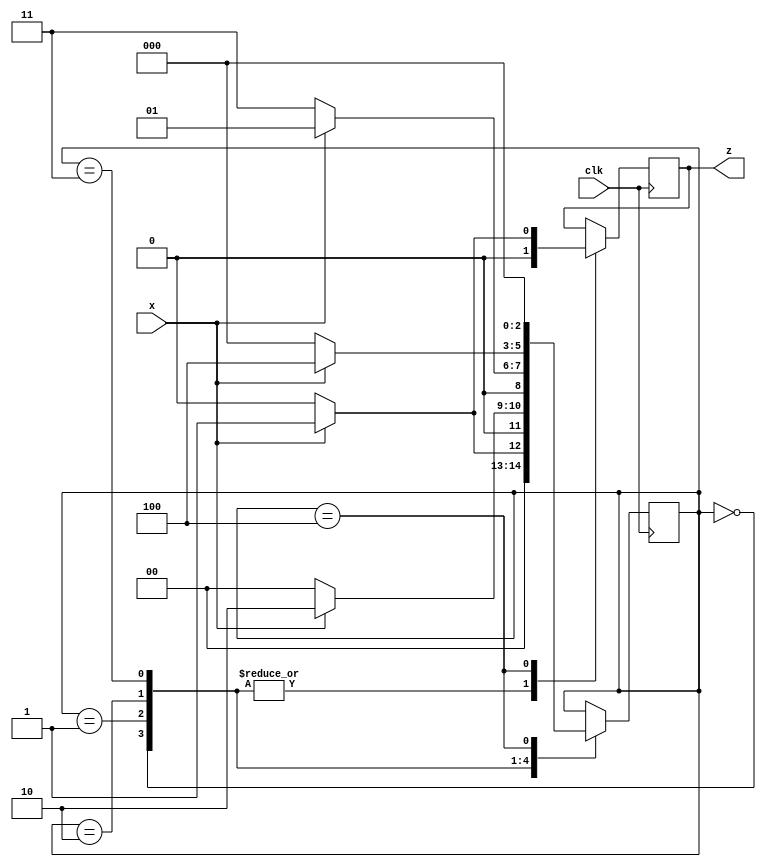
`timescale 1ns / 1ps
// detector of sequence "11011"
module detector(z,clk,x);

input clk,x;
output reg z;

reg [2:0]state;

parameter a=0;
parameter b=1;
parameter c=2;
parameter d=3;
parameter e=4;

initial state<=a;

always @(posedge clk )
    begin 
       case(state)
		         a:begin
			         if(x)
						    begin
							   state<=b;
								z<=1'b0;
							 end
						else
						    begin 
							   state<=a;
								z<=1'b0;
							 end
						end

		         b:begin
			         if(x)
						    begin
							   state<=c;
								z<=1'b0;
							 end
						else
						    begin 
							   state<=a;
								z<=1'b0;
							 end
						end

		         c:begin
			         if(x==1)
						    begin
							   state<=b;
								z<=1'b0;
							 end
						else
						    begin 
							   state<=d;
								z<=1'b0;
							 end
						end
						
		         d:begin
			         if(x)
						    begin
							   state<=e;
								z<=1'b0;
							 end
						else
						    begin 
							   state<=a;
								z<=1'b0;
							 end
						end
						
		         e:begin
			         if(x==1)
						    begin
							   state<=a;
								z<=1'b1;
							 end
						else
						    begin 
							   state<=a;
								z<=1'b0;
							 end
						end
       endcase
		
    end
endmodule